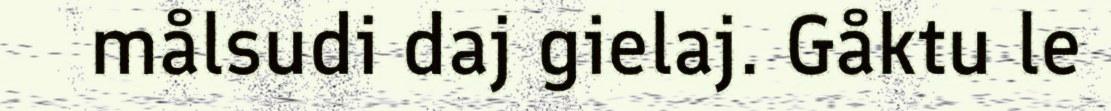
målsudi daj gielaj. Gåktu le